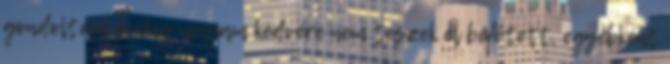
gondoltam évekig magam kedvére nem teszek el befőtett, egyébként